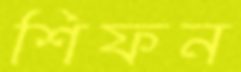
শিফন